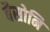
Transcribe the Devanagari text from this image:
बैसोनि